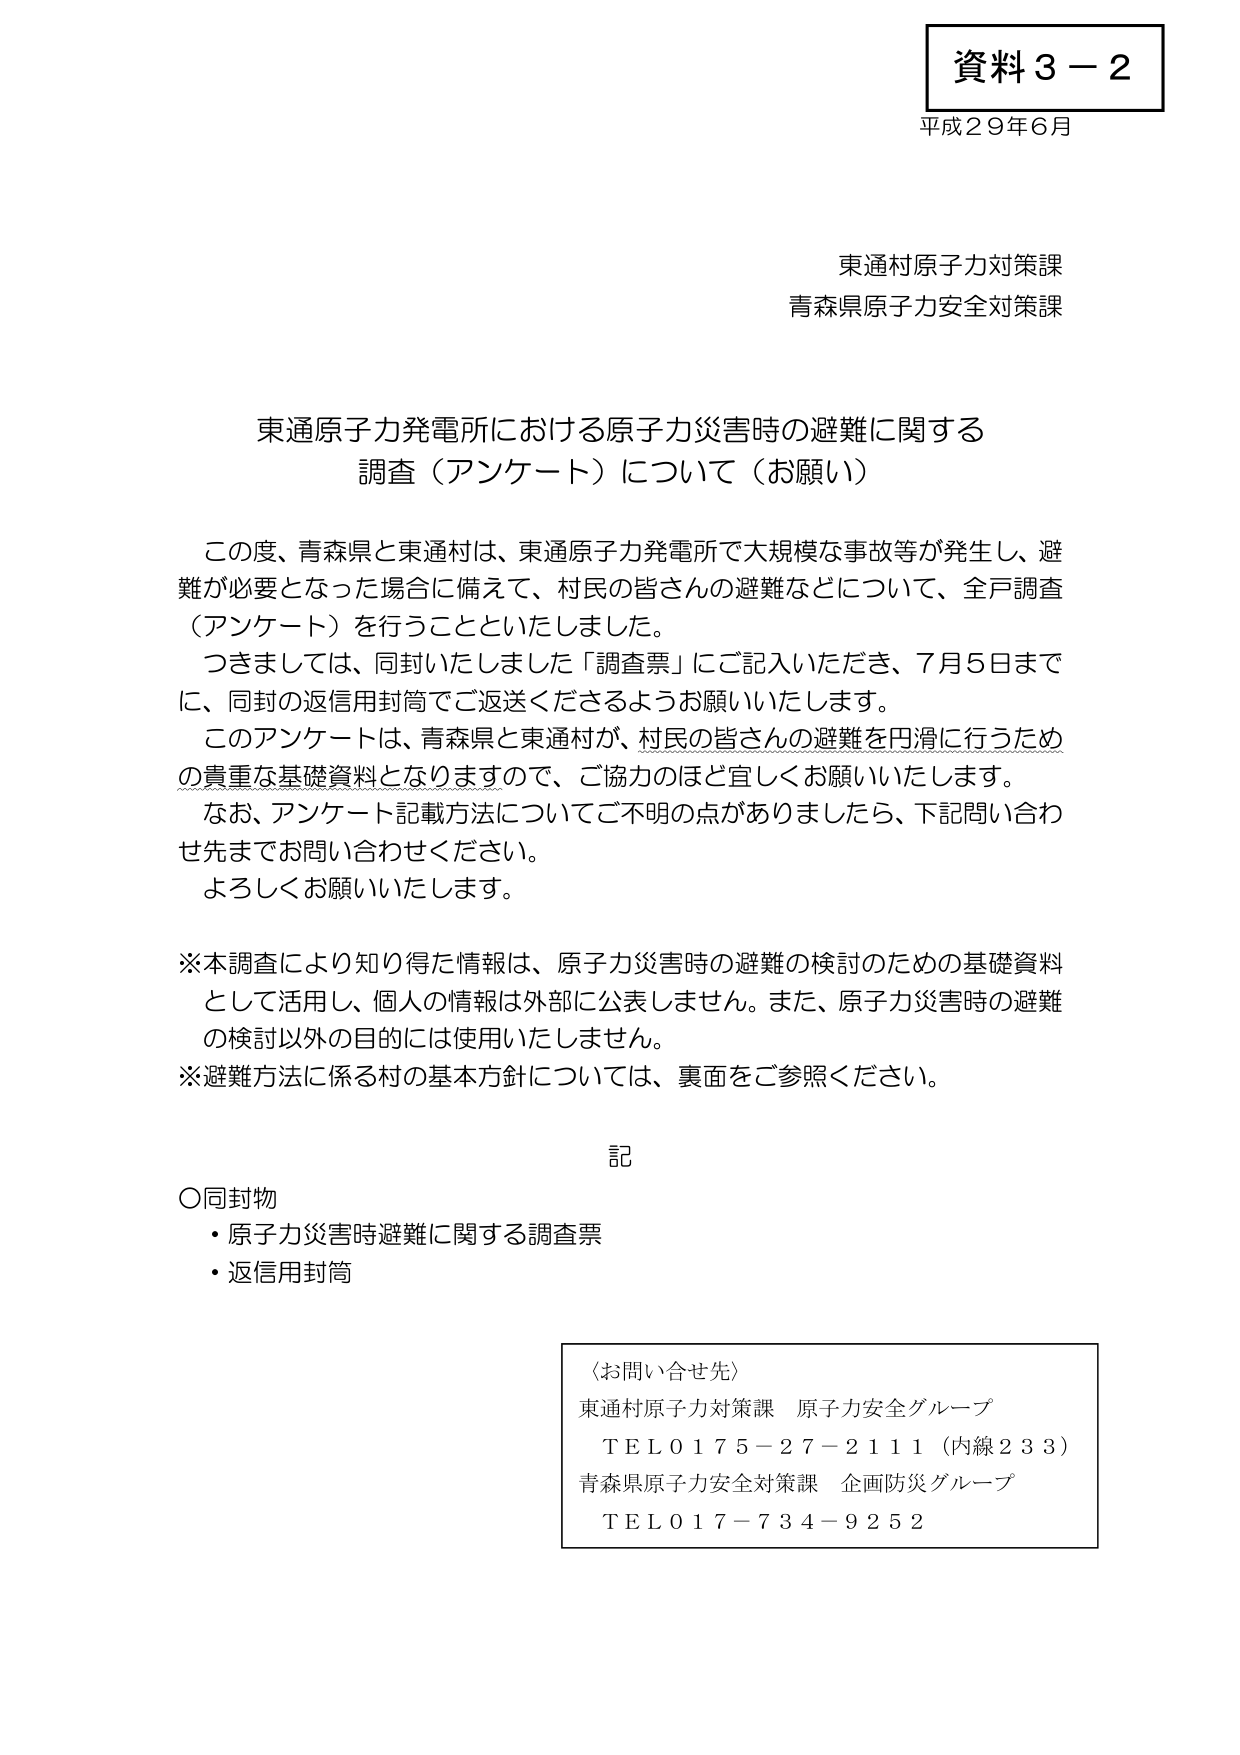
資料３－２
平成２９年６月

東通村原子力対策課
青森県原子力安全対策課

東通原子力発電所における原子力災害時の避難に関する
調査（アンケート）について（お願い）

この度、青森県と東通村は、東通原子力発電所で大規模な事故等が発生し、避難が必要となった場合に備えて、村民の皆さんの避難などについて、全戸調査（アンケート）を行うことといたしました。
つきましては、同封いたしました「調査票」にご記入いただき、７月５日までに、同封の返信用封筒でご返送くださるようお願いいたします。
このアンケートは、青森県と東通村が、村民の皆さんの避難を円滑に行うための貴重な基礎資料となりますので、ご協力のほど宜しくお願いいたします。
なお、アンケート記載方法についてご不明の点がありましたら、下記問い合わせ先までお問い合わせください。
よろしくお願いいたします。

※本調査により知り得た情報は、原子力災害時の避難の検討のための基礎資料として活用し、個人の情報は外部に公表しません。また、原子力災害時の避難の検討以外の目的には使用いたしません。
※避難方法に係る村の基本方針については、裏面をご参照ください。

記

〇同封物
・原子力災害時避難に関する調査票
・返信用封筒

〈お問い合わせ先〉
東通村原子力対策課 原子力安全グループ
ＴＥＬ０１７５－２７－２１１１（内線２３３）
青森県原子力安全対策課 企画防災グループ
ＴＥＬ０１７－７３４－９２５２